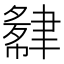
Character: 𬚮